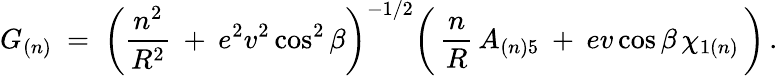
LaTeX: G_{(n)}\ =\ \bigg(\frac{n^{2}}{R^{2}}\: +\: e^{2}v^{2}\cos^{2}\beta\bigg)^{-1/2}\bigg(\, \frac{n}{R}\, A_{(n)5}\: +\: ev\cos\beta\, \chi_{1(n)}\, \bigg)\, .